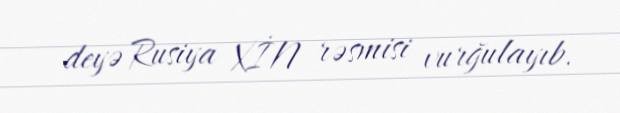
deyə Rusiya XİN rəsmisi vurğulayıb.